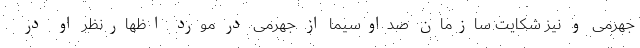
جهرمی و نیز شکایت سازمان صداوسیما از جهرمی در مورد اظهارنظر او در